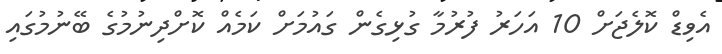
އެވިޑް ކޮލެޖަށް 10 އަހަރު ފުރުމާ ގުޅިގެން ގައުމަށް ކަމެއް ކޮށްދިނުމުގެ ބޭނުމުގައި